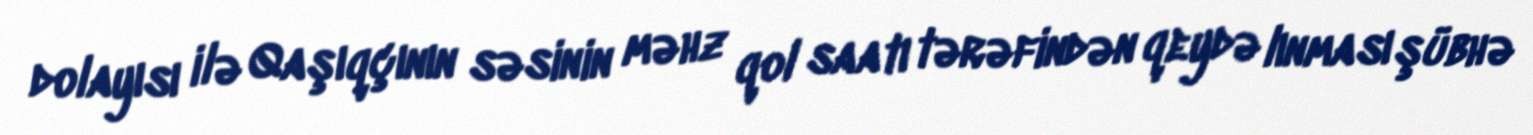
dolayısı ilə Qaşıqçının səsinin məhz qol saatı tərəfindən qeydə lınması şübhə